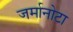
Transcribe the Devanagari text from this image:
जर्मानोटा